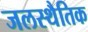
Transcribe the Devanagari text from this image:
जलस्थैतिक